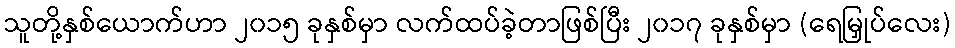
သူတို့နှစ်ယောက်ဟာ ၂၀၁၅ ခုနှစ်မှာ လက်ထပ်ခဲ့တာဖြစ်ပြီး ၂၀၁၇ ခုနှစ်မှာ (ရေမြှုပ်လေး)